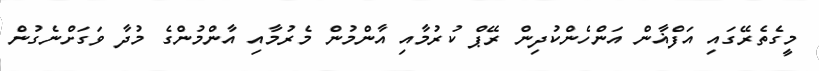
މީގެތެރޭގައި އަފްޣާން އަންހެންކުދިން ރޭޕް ކުރުމާއި އާންމުން މެރުމާއި އާންމުންގެ މުދާ ވަގަށްނެގުން